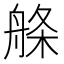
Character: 𦩁